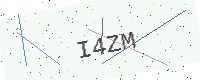
Text: I4ZM